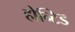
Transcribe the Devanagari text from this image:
होन्टिड